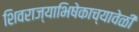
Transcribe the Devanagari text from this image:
शिवराज्याभिषेकाच्यावेळी